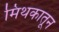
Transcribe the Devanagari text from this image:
मिथकातून